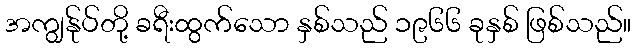
အကျွန်ုပ်တို့ ခရီးထွက်သော နှစ်သည် ၁၉၆၆ ခုနှစ် ဖြစ်သည်။